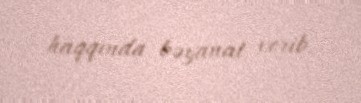
haqqında bəyanat verib.